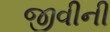
જીવીની